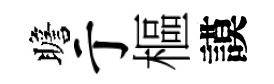
瞻亍樞謨